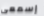
إسمعى